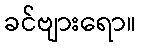
ခင်ဗျားရော။